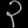
Digit: ၃